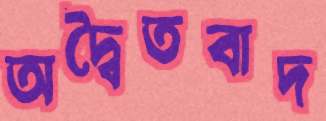
অদ্বৈতবাদ